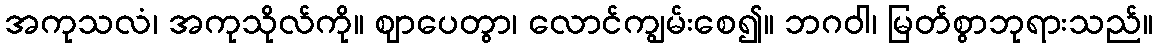
အကုသလံ၊ အကုသိုလ်ကို။ ဈာပေတွာ၊ လောင်ကျွမ်းစေ၍။ ဘဂဝါ၊ မြတ်စွာဘုရားသည်။